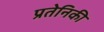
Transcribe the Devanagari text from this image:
प्रतेनिकी